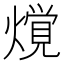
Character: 𰟢